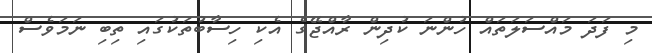
މި ފަދަ މައްސަލަތައް ހުންނަ ކުދިން ރާއްޖޭގެ އެކި ހިސާބުތަކުގައި ތިބި ނަމަވެސް